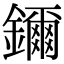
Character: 鑈